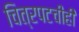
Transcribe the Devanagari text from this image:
चित्रपटचीही